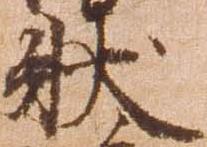
状